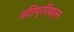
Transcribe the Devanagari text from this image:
अतिप्रतिवर्तन